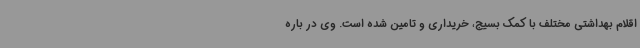
اقلام بهداشتی مختلف با کمک بسیج، خریداری و تامین شده است. وی در باره